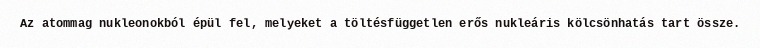
Az atommag nukleonokból épül fel, melyeket a töltésfüggetlen erős nukleáris kölcsönhatás tart össze.